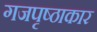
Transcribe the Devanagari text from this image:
गजपृष्ठाकार